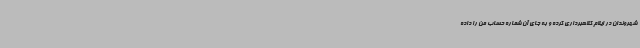
شهروندان در ایلام کلاهبرداری کرده و به جای آن شماره حساب من را داده